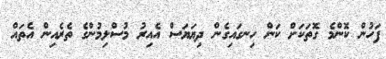
ފަހުން ކޮންމެ ގޮތަކަށް ކަން ހިނގައިގެން ދިޔަޔަސް އެއިރު މުސްލިމުންގެ ތެރެއިން އެތައް